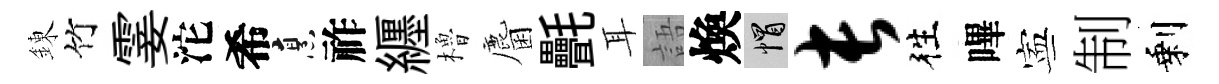
錬竹霎沱希烹祚纒櫓麕㲲耳語煥帽长徃嗶寕制剩